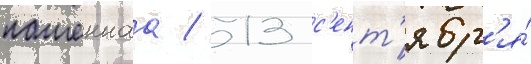
пашеннаа / 13 с'ент'ябр'я́